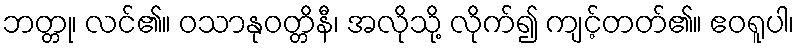
ဘတ္တု၊ လင်၏။ ဝသာနုဝတ္တိနီ၊ အလိုသို့ လိုက်၍ ကျင့်တတ်၏။ ဧဝရူပါ၊